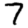
Digit: 7